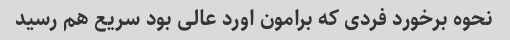
نحوه برخورد فردی که برامون اورد عالی بود سریع هم رسید